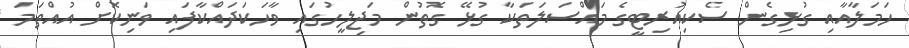
ހަމަލާއާއި ގުޅިގެން ސެކިއުރިޓީގެ މައްސަލަތަކާ ގުޅޭ ގޮތުން މަޖިލީހުގައި ވާހަކަދައްކާފައި ވަނިކޮށް އުއްތަމަ